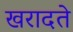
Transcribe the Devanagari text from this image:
खरादते